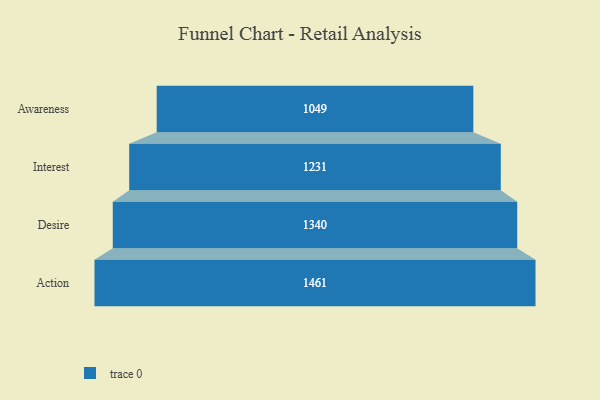
{"axis": {"x": "Stage", "y": "Value"}, "legend": [""], "data": [{"x": "Awareness", "y": 1049.0, "type": ""}, {"x": "Interest", "y": 1231.0, "type": ""}, {"x": "Desire", "y": 1340.0, "type": ""}, {"x": "Action", "y": 1461.0, "type": ""}]}